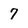
Character: 7